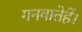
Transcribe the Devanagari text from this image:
गनवातेहें।